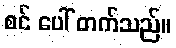
စင် ပေါ် တက်သည်။